Report on the lunatic asylums under the Government of Bombay - 1904-1913
Year: 1904
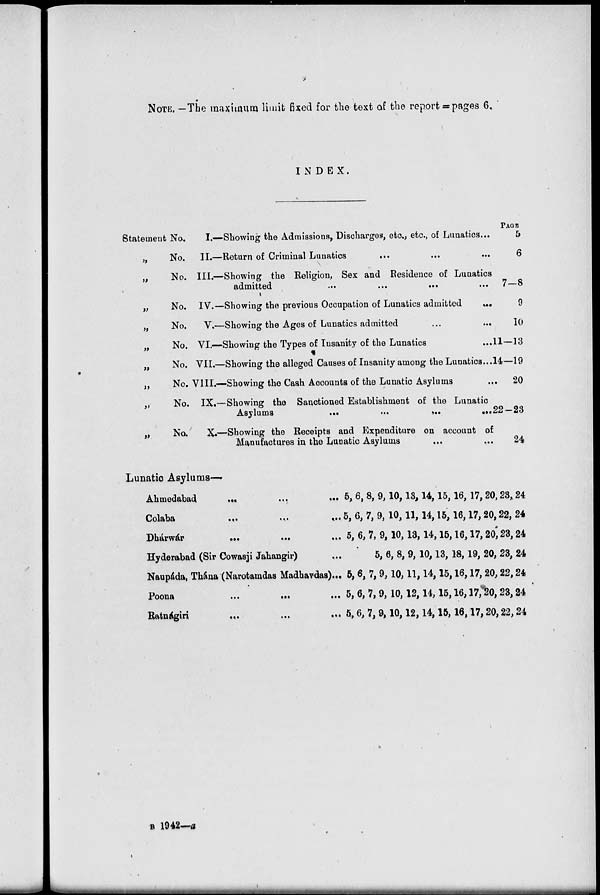
NOTE. —The maximum limit fixed for the text of the report = pages 6
INDEX.
Statement No.
I.—Showing the Admissions, Discharges, etc., etc., of Lunatics...
„
No.
II.—Return of Criminal Lunatics
...
„
No. III.—Showing the Religion, Sex and Residence of Lunatics
admitted
...
...
...
„
No. IV.—Showing the previous Occupation of Lunatics admitted
...
„
No.
V.—Showing the Ages of Lunatics admitted
...
...
„
No. VI.—Showing the Types of Insanity of the Lunatics ...
„
No. VII.—Showing the alleged Causes of Insanity among the Lunatics...
„
No. VIII.—Showing the Cash Accounts of the Lunatic Asylums ...
„
No. IX.—Showing the Sanctioned Establishment of the Lunatic
Asylums
...
...
...
...
„
No..
X.—Showing the Receipts and Expenditure on account of
Manufactures in the Lunatic Asylums ... ...
PAGE
5
6
7—8
9
10
11—13
14—19
20
22—23
24
Lunatic Asylums—
Ahmedabad
...
...
...
Colaba
...
...
...
Dhárwár
...
...
...
Hyderabad (Sir Cowasji Jahangir)
...
Naupáda, Thána (Narotamdas Madhavdas)...
Poona
...
...
...
Ratnágiri
...
...
...
5, 6, 8, 9,10,13,14,15,16, 17,20,23,24
5, 6, 7, 9, 10,11, 14,15, 16,17,20,22, 24
5, 6, 7, 9, 10,13, 14,15,16,17,20,23,24
5, 6, 8, 9, 10,13, 18,19, 20, 23, 24
5,6, 7, 9,10,11,14,15,16,17, 20,22,24
5, 6, 7,9, 10,12,14,15,16,17,20, 23,24
5,6, 7, 9,10, 12,14,15,16,17,20,22,24